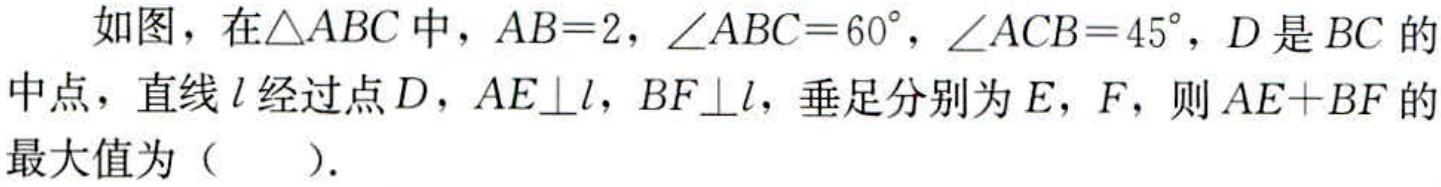
如图，在\(\triangle ABC\)中，\(AB = 2\)，\(\angle ABC = 60^{\circ}\)，\(\angle ACB = 45^{\circ}\)，\(D\)是\(BC\)的中点，直线\(l\)经过点\(D\)，\(AE\perp l\)，\(BF\perp l\)，垂足分别为\(E\)，\(F\)，则\(AE + BF\)的最大值为（  ）.